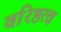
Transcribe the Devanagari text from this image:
वरिष्ठत्व